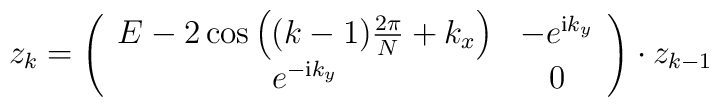
z_k=\left(\begin{array}{cc} E-2\cos\left((k-1)\frac{2\pi}{N}+k_x\right) & -e^{{\mathrm i}k_y}\\ e^{-{\mathrm i}k_y} & 0\\ \end{array}\right)\cdot z_{k-1}